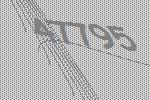
47795